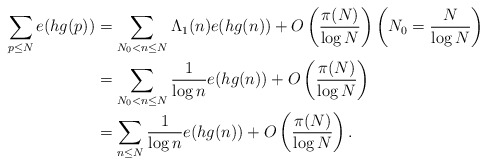
\begin{align*} \sum_{p \leq N} e(h g(p)) &= \sum_{N_0 < n \leq N} \Lambda_1(n) e(h g(n)) + O \left( \frac{\pi(N)}{\log N} \right) \left( N_0 = \frac{N}{\log N} \right) \\ &= \sum_{N_0 < n \leq N} \frac{1}{\log n} e (h g(n)) + O \left( \frac{\pi(N)}{\log N} \right) \\ &= \sum_{ n \leq N} \frac{1}{\log n} e (h g(n)) + O \left( \frac{\pi(N)}{\log N} \right).\end{align*}